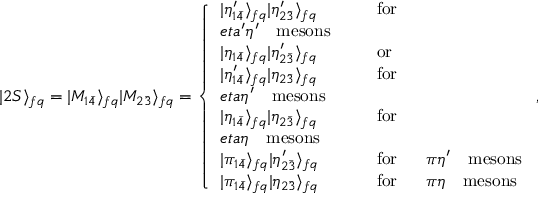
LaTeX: | 2 S \rangle _ { f q } = | M _ { 1 \bar { 4 } } \rangle _ { f q } | M _ { 2 \bar { 3 } } \rangle _ { f q } = \left\{ \begin{array} { l l } { { | \eta _ { 1 \bar { 4 } } ^ { \prime } \rangle _ { f q } | \eta _ { 2 \bar { 3 } } ^ { \prime } \rangle _ { f q } } } & { { \ \ \ \ \ \mathrm { f o r } \ \ \ \ } } \\ { { e t a ^ { \prime } \eta ^ { \prime } \ \ \ \mathrm { m e s o n s } } } \\ { { | \eta _ { 1 \bar { 4 } } \rangle _ { f q } | \eta _ { 2 \bar { 3 } } ^ { \prime } \rangle _ { f q } } } & { { \ \ \ \ \ \mathrm { o r } } } \\ { { | \eta _ { 1 \bar { 4 } } ^ { \prime } \rangle _ { f q } | \eta _ { 2 \bar { 3 } } \rangle _ { f q } } } & { { \ \ \ \ \ \mathrm { f o r } \ \ \ \ } } \\ { { e t a \eta ^ { \prime } \ \ \ \mathrm { m e s o n s } } } \\ { { | \eta _ { 1 \bar { 4 } } \rangle _ { f q } | \eta _ { 2 \bar { 3 } } \rangle _ { f q } } } & { { \ \ \ \ \ \mathrm { f o r } \ \ \ \ } } \\ { { e t a \eta \ \ \ \mathrm { m e s o n s } } } \\ { { | \pi _ { 1 \bar { 4 } } \rangle _ { f q } | \eta _ { 2 \bar { 3 } } ^ { \prime } \rangle _ { f q } } } & { { \ \ \ \ \ \mathrm { f o r } \ \ \ \ \ \pi \eta ^ { \prime } \ \ \ \mathrm { m e s o n s } } } \\ { { | \pi _ { 1 \bar { 4 } } \rangle _ { f q } | \eta _ { 2 \bar { 3 } } \rangle _ { f q } } } & { { \ \ \ \ \ \mathrm { f o r } \ \ \ \ \ \pi \eta \ \ \ \mathrm { m e s o n s } } } \end{array} \right. ,